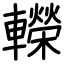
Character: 𨏍